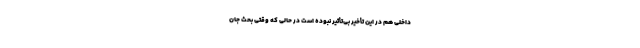
داخلی هم در این تأخیر بی‌تأثیر نبوده است در حالی که وقتی بحث جان